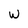
Character: W